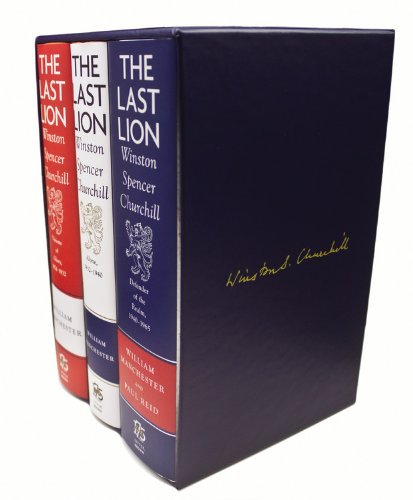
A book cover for The Last Lion Box Set: Winston Spencer Churchill, 1874 - 1965; William Manchester; Biographies & Memoirs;